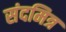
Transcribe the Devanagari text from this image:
संदमित्र